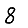
Digit: 8